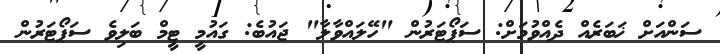
ސަންއަށް ޚަބަރެއް ދެއްވުމަށް: ސަޕޯޓަރުން "ހޭލައްވާލާ" ޖައުބެ: ގައުމީ ޓީމް ބަލިވެ ސަޕޯޓަރުން